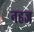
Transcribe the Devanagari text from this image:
नहज